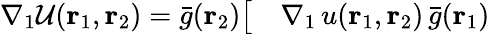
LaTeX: \begin{array}{rl}{\nabla_{1}\mathcal{U}({\mathbf{r}_{1}},{\mathbf{r}_{2}})=\bar{g}({\mathbf{r}_{2}})\big[}&{{}\nabla_{1}\, u({\mathbf{r}_{1}},{\mathbf{r}_{2}})\, \bar{g}({\mathbf{r}_{1}})}\end{array}